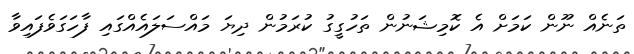
ތަނެއް ނޫން ކަމަށް އެ ކޮމިޝަނުން ތަހުގީގު ކުރަމުން ދިޔަ މައްސަލައެއްގައި ފާހަގަވެފައިވާ